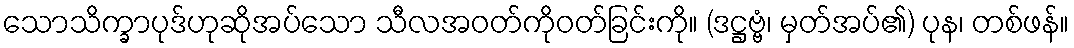
သောသိက္ခာပုဒ်ဟုဆိုအပ်သော သီလအဝတ်ကိုဝတ်ခြင်းကို။ (ဒဋ္ဌဗ္ဗံ၊ မှတ်အပ်၏) ပုန၊ တစ်ဖန်။